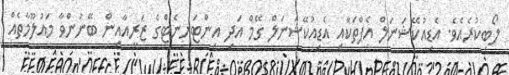
ލޯބިކުރެއެވެ. އެޑިއުކޭޝަނަލް އެޕްތަކާއި އެޑިއުކޭޝަނަލް ގޭމް އަދި އިންޓަރނެޓްގެ ޒަރީއާއިން ބޭނުންވާ މައުލޫމާތެއް